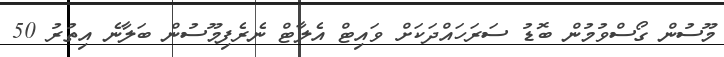
މޫސުން ގޯސްވުމުން ބޮޑު ސަރަހައްދަކަށް ވައިޓް އެލާޓް ނެރެފިމޫސުން ބަލާނެ އިތުރު 50